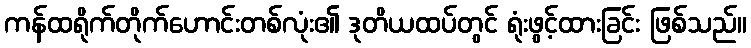
ကန်ထရိုက်တိုက်ဟောင်းတစ်လုံး၏ ဒုတိယထပ်တွင် ရုံးဖွင့်ထားခြင်း ဖြစ်သည်။